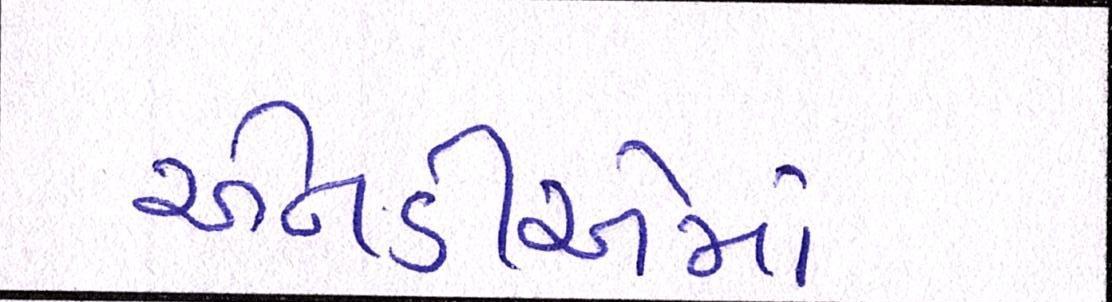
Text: એનડીએમાં